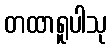
တထာရူပါသု